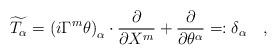
LaTeX: \begin{align*}\widetilde{T_\alpha }=\left( i\Gamma ^m\theta \right) _\alpha\cdot \frac \partial {\partial X^m}+\frac \partial {\partial \theta ^\alpha}=:\delta _\alpha \quad ,\end{align*}